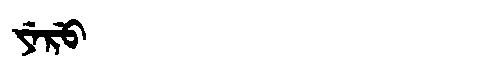
Manchu: ᠶᡝᡵᡠ
Romanization: YERU